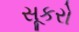
સૂકરો